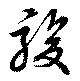
駿